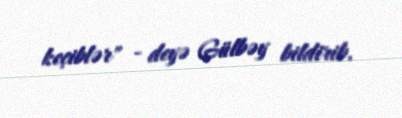
keçiblər" - deyə Gülbəy bildirib.